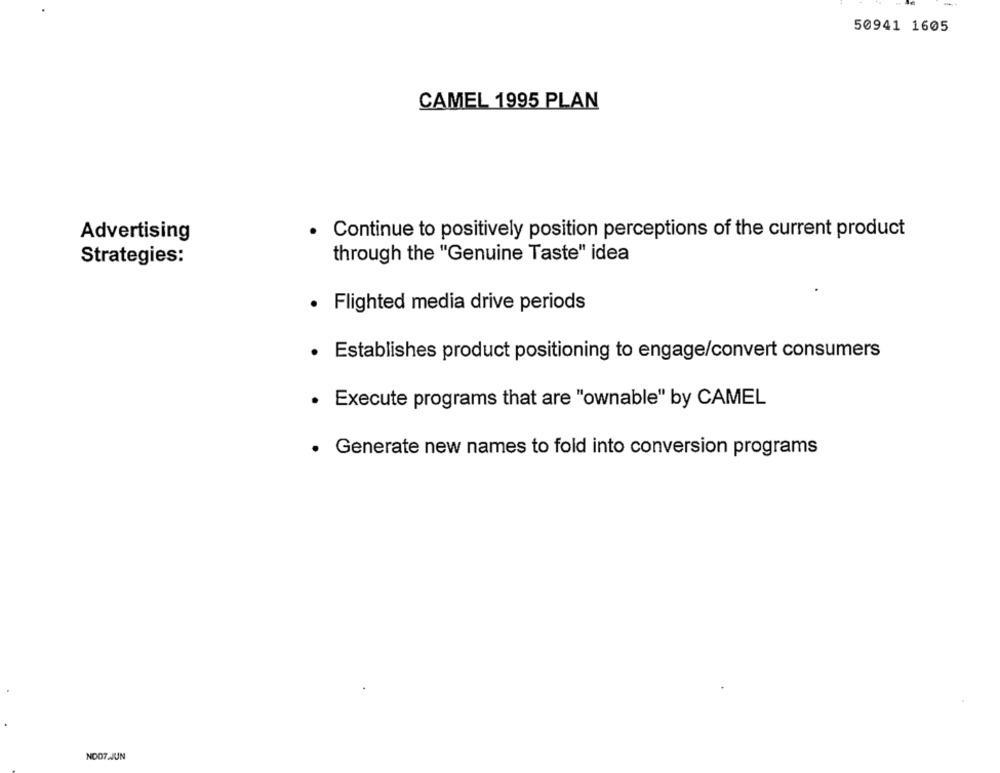
50941 1605
CAMEL 1995 PLAN
Advertising
. Continue to positively position perceptions of the current product
Strategies:
through the "Genuine Taste" idea
· Flighted media drive periods
Establishes product positioning to engage/convert consumers
. Execute programs that are "ownable" by CAMEL
· Generate new names to fold into conversion programs
NDO7.JUN